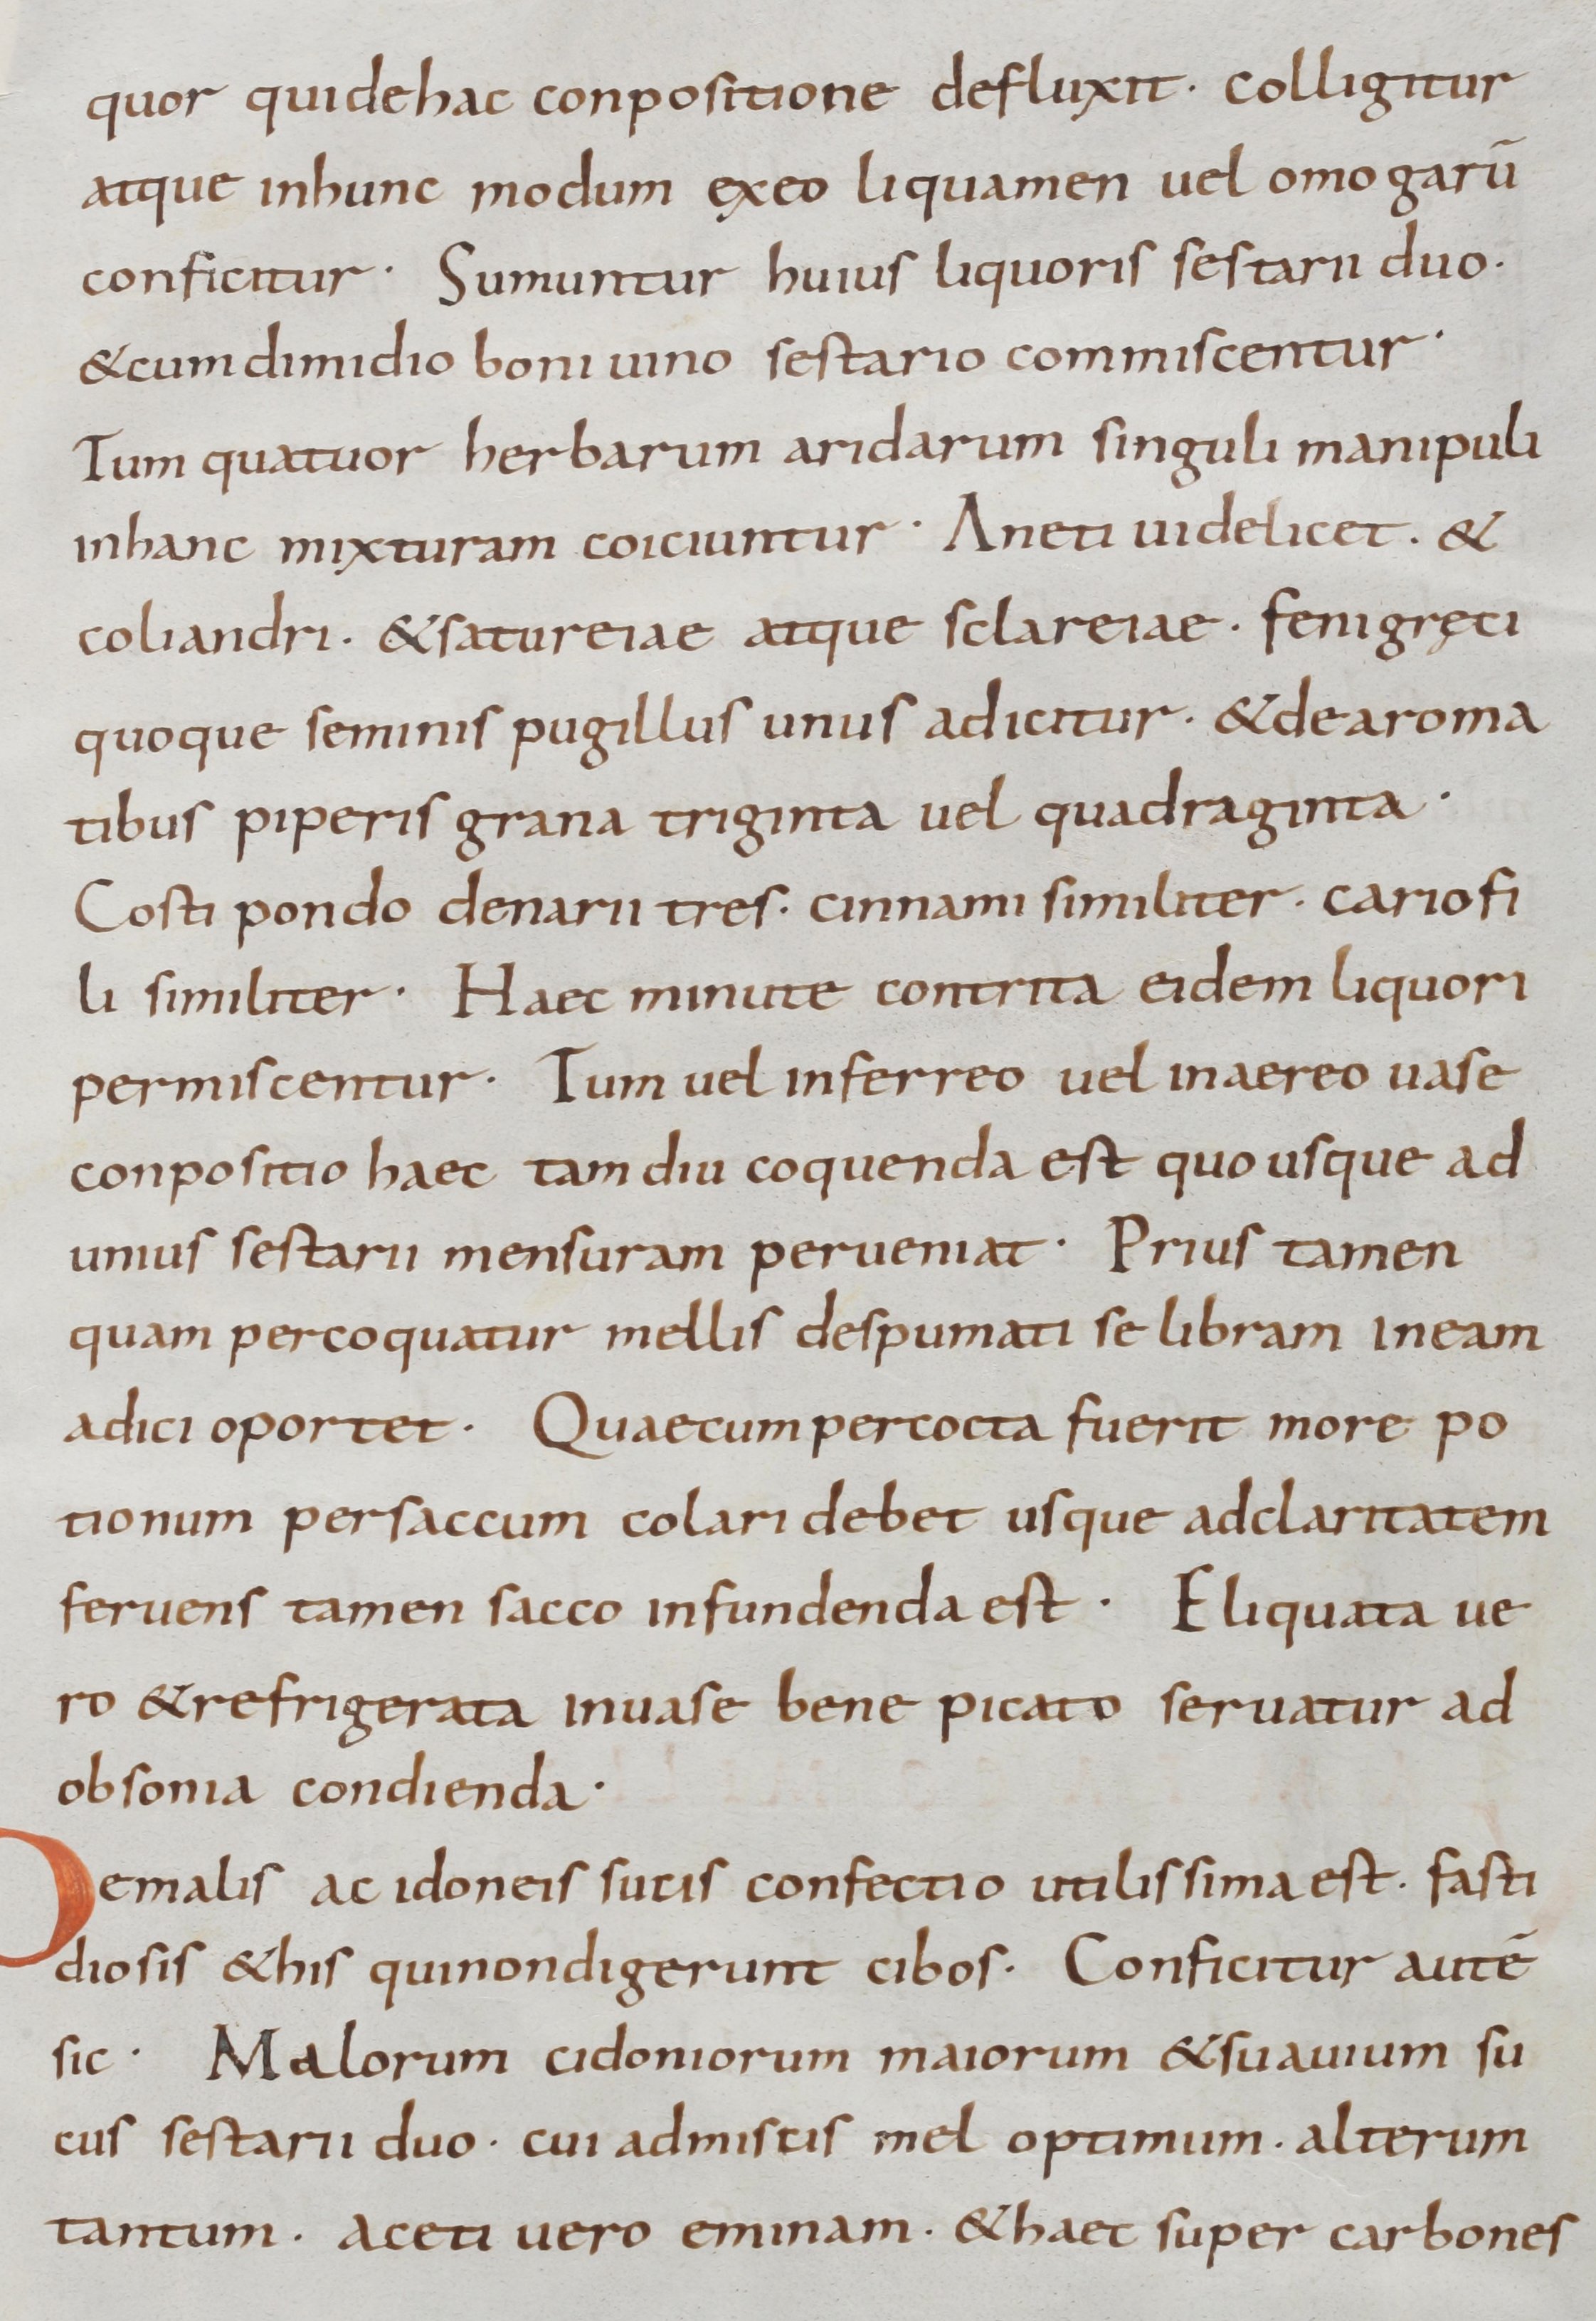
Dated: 900–1099